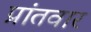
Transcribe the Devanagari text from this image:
प्रांतवार